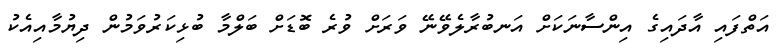
އަތްފައި އާދައިގެ އިންސާނަކަށް އަނބުރާލެވޭނޭ ވަރަށް ވުރެ ބޮޑަށް ބަލްމާ ބުޅިކަރުވަމުން ދިޔުމާއިއެކު